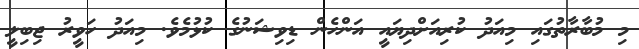
މި މުބާރާތުގައި މިއަދު ކުރިއަށްދިޔައީ އަންހެން ޑިވިޝަނުގެ ކުޅުމެވެ. މިއަދު ހަވީރު ޖިބިލީ